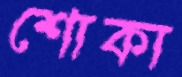
শোকা